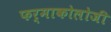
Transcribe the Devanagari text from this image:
फर्माकोलोजी